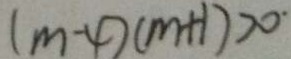
( m - 4 ) ( m + 1 ) > 0 ^ { \cdot }